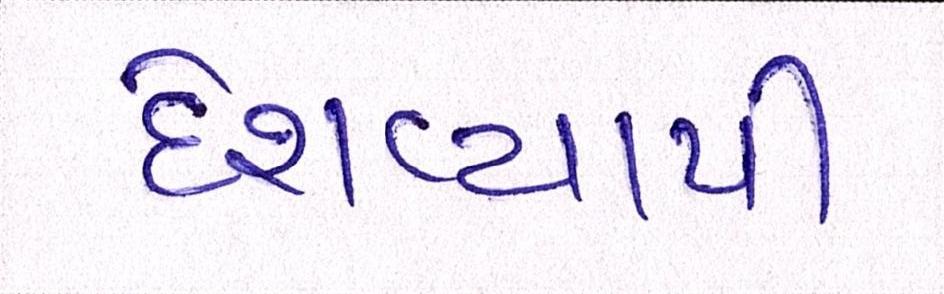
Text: દેશવ્યાપી